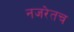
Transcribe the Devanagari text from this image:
नजरेतच